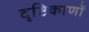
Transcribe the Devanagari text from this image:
दृष्टिकाणों